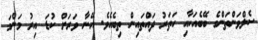
ސެލްވަންތަންގެ ބޭބެއަކާއި ހަތަރު ދައްތައިން ތިބެއެވެ. އޭނާ ވަރަށް ކުޑަ އިރު މަންމަ